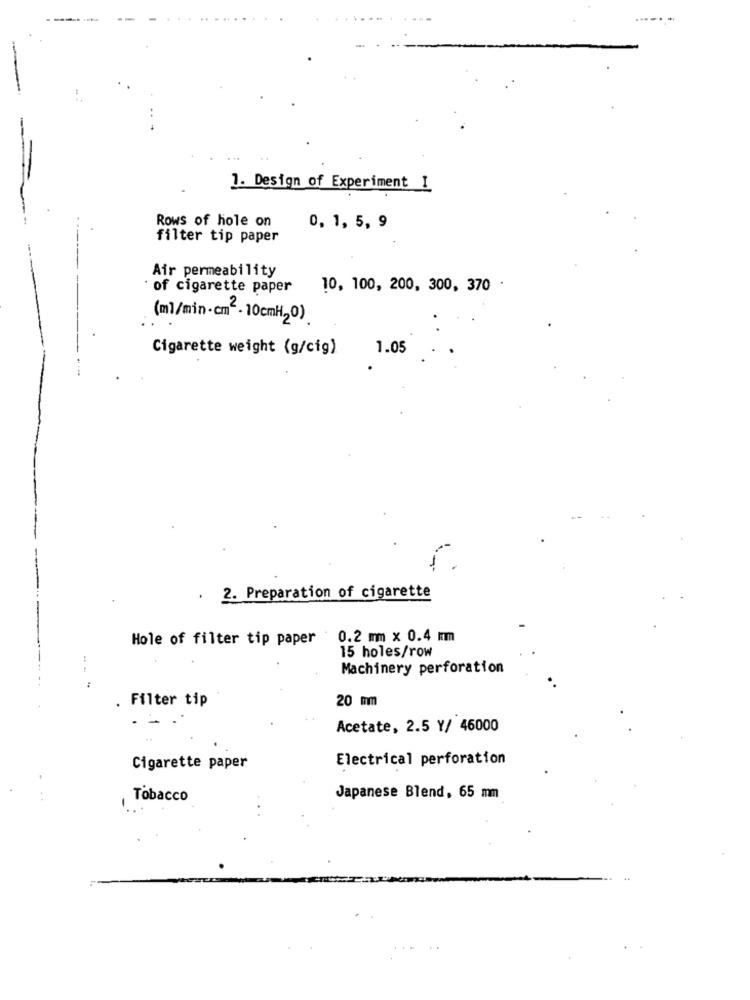
1. Design of Experiment I
Rows of hole on
0, 1, 5, 9
filter tip paper
Air permeability
of cigarette paper
10, 100, 200, 300, 370 .
(ml/min.cm" - 10cmH,0)
Cigarette weight (g/cig)
1.05
2. Preparation of cigarette
Hole of filter tip paper : 0.2 mm x 0.4 mm
15 holes/row
Machinery perforation
:
Filter tip
20 mm
Acetate, 2.5 Y/ 46000
Electrical perforation
Cigarette paper
Tobacco
Japanese Blend, 65 mm